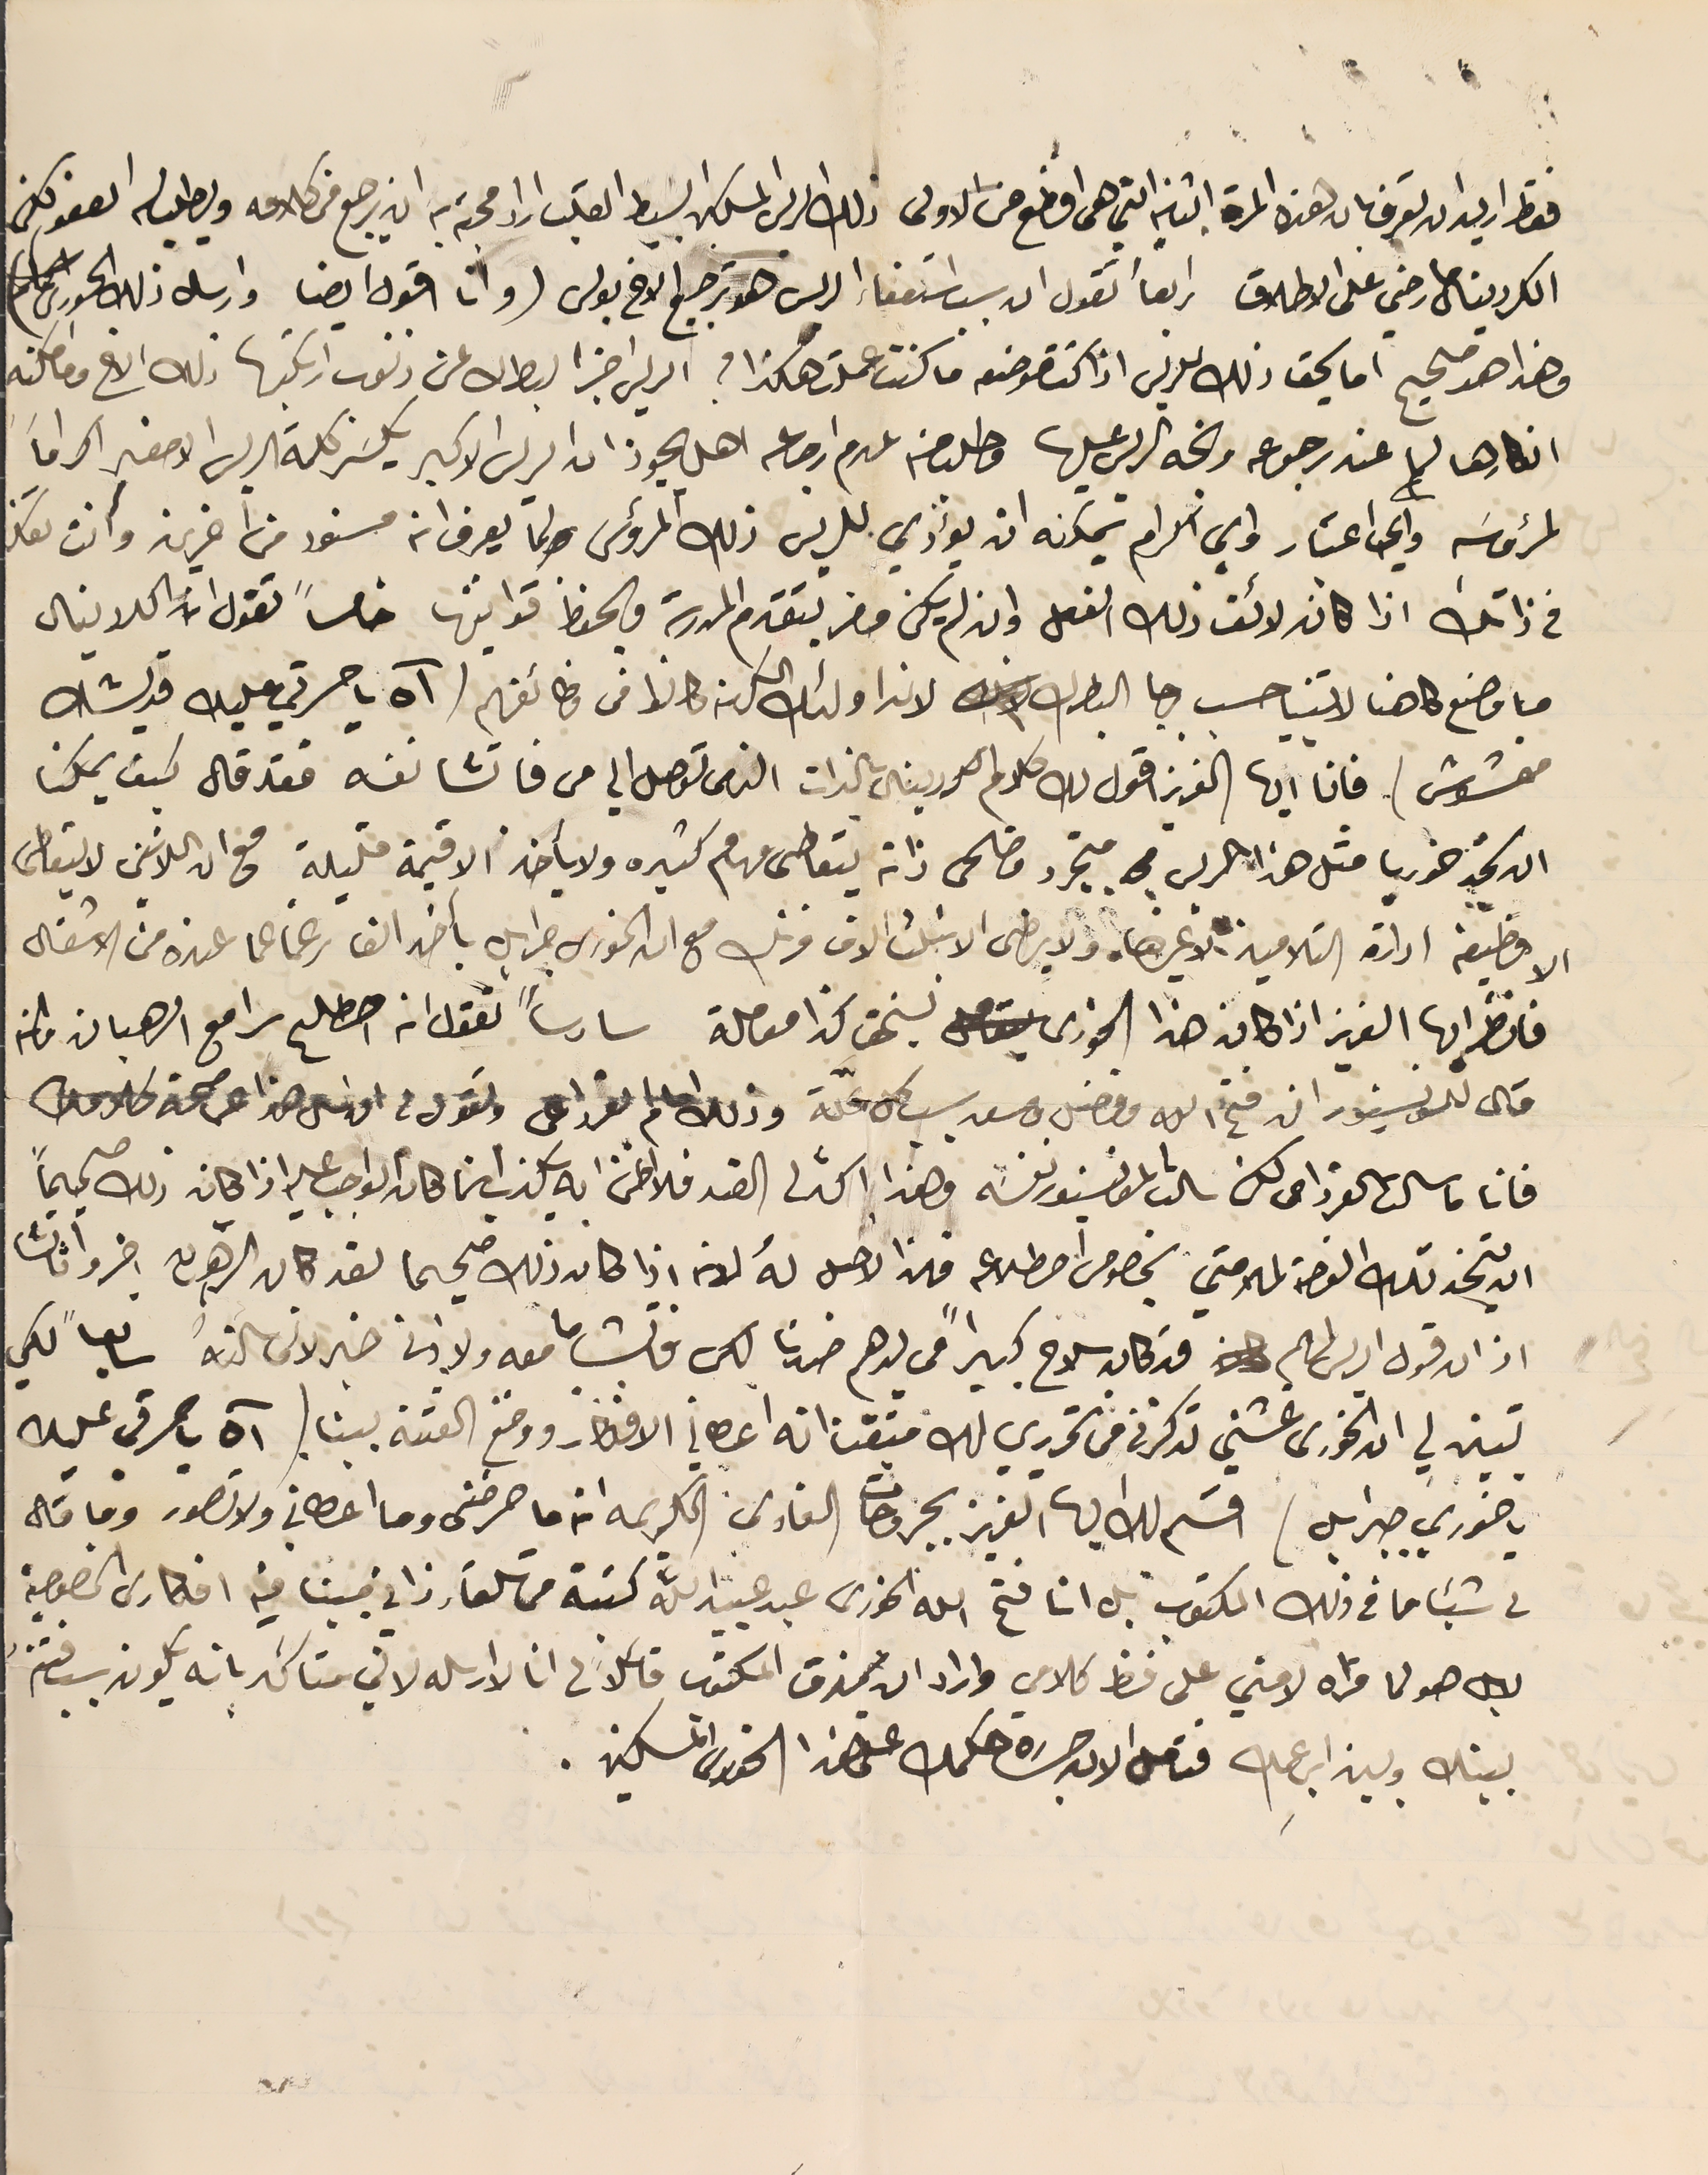
فقظ اريد ان تعرف بان هذه المرة الثانية التي هى افظع من الاولى ذلك الريس المسكين البسيط القلب اراد محبة به ان يرجع فى كلامه ويطلب له العفو لكن
الكردينال ما رضي على الاطلاق رابعاً تقول ان سبب استعفاء الريس هو ترجيع الاخ بولس (وانا اقول ايضا وارسل ذلك الحورى)
وهذا هو صحيح اما يحق ذلك للريس اذا كنت مفوضه ما كنت عملت هكذا؟ الريس اخبر البطرك عن ذنوب ارتكبها ذلك الاخ وما امكنه
انكارها لما عند رجوعه وبخه الريس عليها وطلب منه عدم ارجاعه اهل يجوز ان الريس الاكبر يكسَر كلمة الريس الاصغر اكراماً
لمرؤسَه واي اعتبار واي اكرام يمكنه ان يؤدي للريس ذلك المرؤس ولما يعرف انه مسنود من اخرين وانت تفكر
فى ذاتك اذا كان لائق ذلك الفعل وان لم يكن مضر بتقدم المدرسة ويحفظ قوانينها خامساً تقول ان الكردينال
ما وضع كاهنا لاتنيا حسب رجا البطرك لان اولئك الكهنه كانوا فى وظائفهم (آه يا حسرتي عليك قديشك
 مغشوش) فانا ايها العزيز اقول لك كلام الكردينال بالذات الناس توصل الي من فاتشا نفسه فقد قال كيف يمكنا
ان نجد خوريا مثل هذا الريس متجرد وضحى ذاته يتعاطى مهام كثيره ولا يأخذ الا قيمة قليلة مع ان اللاتنن لا يتعاطى
الا وظيفة ادارة التلاميذ لا غيرها. ولا يرضى الا بتلت الاف فرنك مع ان الخورى جبرايل ياخذ الف رغما عما عنده من الاشغال
فانظر ايها العزيز اذا كان هذا الخوري يستحق كذا معاملة سادساً تقول انه اصطلح سرا مع الرهبان ولمن
قال للمونسيور ان فتح الله وفاضل ومسعد سبب كل علة وذلك امام القرار عما وتقول فى اوانه هذا عن صحة كلامك
فانا ما سالت القرداحى لكن سالت المونسنيور نفسَه وهذا اكد لى الضد فلا اظن به يكذب انما كان الواجب عليه اذا كان ذلك صحيحاً
ان يتخذ تلك الفرصة لملامتي بخصوص اضطلاعه فهذا الاجل لهُ لانه اذا كان ذلك صحيحا لقد كان الرهبان اخبروا ثالثًا
اذ ان قول الريس لهم قد كان سلاح كبيراً في يدهم ضدنا لكن فاتشا ما معه ولا ادنى خبر لانى سالتهُ سابعاً لكي
تبين لي ان الخورى غشني تذكرنى فى تحريري لك متيقن انه اعطاني الافكار ووضع الفتنة بيننا ( آه يا حرقي عليك
 يا خوري جبرايل) اقسَم لك ايها العزيز بجروحات الفادي الكريمه انه ما حرضنى وما اعطاني ولا تصور وما قال
لى شيئا ما فى ذلك المكتوب بل ان فتح الله الخورى عبد عبيد الله كتبته من تلقاء ذاتي مبينا فيه افكارى الخصوصية
لا بل هو لما قراه لامني على فظ كلامي واراد ان يمزق المكتوب قائلاً لى انا لا ارسله لاني متأكد بانه سبب فتنه
 بينك وبين ابن عمك فتامل الان جسَارة حكمك على هذا الخوري المسكين.